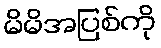
မိမိအပြစ်ကို